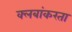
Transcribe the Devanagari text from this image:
क्लबांकरता